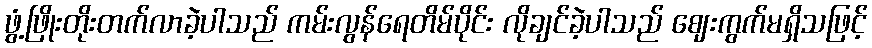
ဖွံ့ဖြိုးတိုးတက်လာခဲ့ပါသည် ကမ်းလွန်ရေတိမ်ပိုင်း လိုချင်ခဲ့ပါသည် ဈေးကွက်မရှိသဖြင့်